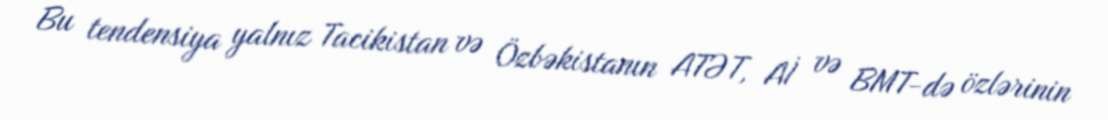
Bu tendensiya yalnız Tacikistan və Özbəkistanın ATƏT, Aİ və BMT-də özlərinin